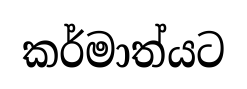
කර්මාත්යට